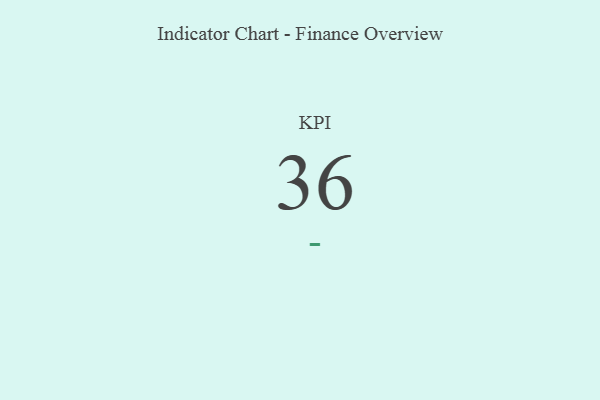
{"axis": {"x": "KPI", "y": "Value"}, "legend": [""], "data": [{"x": "KPI", "y": 36, "type": ""}]}